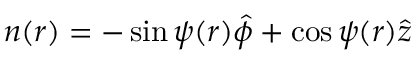
\boldsymbol { n } ( r ) = - \sin \psi ( r ) \boldsymbol { \hat { \phi } } + \cos \psi ( r ) \boldsymbol { \hat { z } }